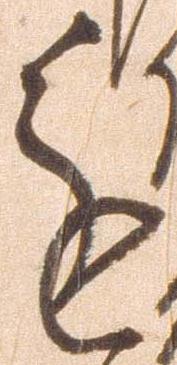
進